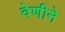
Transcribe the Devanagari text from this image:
वेणीने